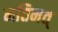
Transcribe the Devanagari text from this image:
मतिमत्‌